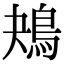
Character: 鴂